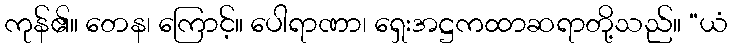
ကုန်၏။ တေန၊ ကြောင့်။ ပေါရာဏာ၊ ရှေးအဋ္ဌကထာဆရာတို့သည်။ “ယံ